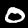
Digit: 0